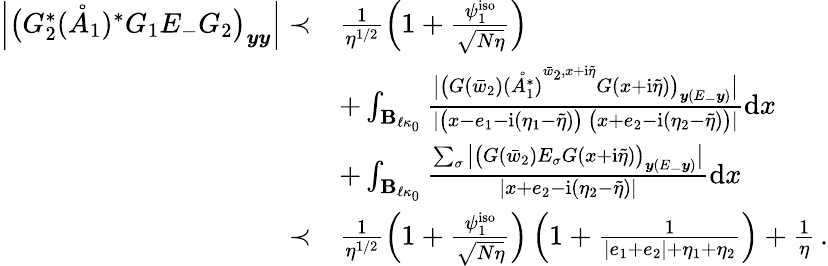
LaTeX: \begin{array}{rl}{\left|\big(G_{2}^{*}(\mathring{A}_{1})^{*}G_{1}E_{-}G_{2}\big)_{\boldsymbol{y}\boldsymbol{y}}\right|\prec}&{\frac{1}{\eta^{1/2}}\left(1+\frac{\psi_{1}^{\mathrm{iso}}}{\sqrt{N\eta}}\right)}\\ &{+\int_{\mathbf{B}_{\ell\kappa_{0}}}\frac{\big|\big(G(\bar{w}_{2})\mathring{(A_{1}^{*})}^{\bar{w}_{2},x+\mathrm{i}\tilde{\eta}}G(x+\mathrm{i}\tilde{\eta})\big)_{\boldsymbol{y}(E_{-}\boldsymbol{y})}\big|}{\left|\big(x-e_{1}-\mathrm{i}(\eta_{1}-\tilde{\eta})\big)\, \big(x+e_{2}-\mathrm{i}(\eta_{2}-\tilde{\eta})\big)\right|}\mathrm{d}x}\\ &{+\int_{\mathbf{B}_{\ell\kappa_{0}}}\frac{\sum_{\sigma}\big|\big(G(\bar{w}_{2})E_{\sigma}G(x+\mathrm{i}\tilde{\eta})\big)_{\boldsymbol{y}(E_{-}\boldsymbol{y})}\big|}{\left|x+e_{2}-\mathrm{i}(\eta_{2}-\tilde{\eta})\right|}\mathrm{d}x}\\ {\prec}&{\frac{1}{\eta^{1/2}}\left(1+\frac{\psi_{1}^{\mathrm{iso}}}{\sqrt{N\eta}}\right)\left(1+\frac{1}{|e_{1}+e_{2}|+\eta_{1}+\eta_{2}}\right)+\frac{1}{\eta}\, .}\end{array}